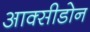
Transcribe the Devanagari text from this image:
आक्सीडोन